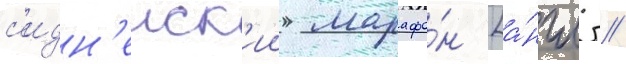
с'идн'еиск'ии марафо́н [а́нгл. /